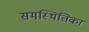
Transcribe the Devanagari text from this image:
समस्थितिका